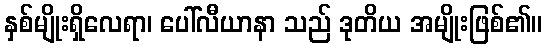
နှစ်မျိုးရှိလေရာ၊ ပေါ်လီယာနာ သည် ဒုတိယ အမျိုးဖြစ်၏။